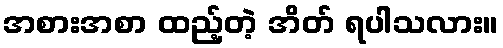
အစားအစာ ထည့်တဲ့ အိတ် ရပါသလား။